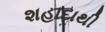
શહાદાથી